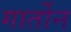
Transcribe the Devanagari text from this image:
गार्तोन